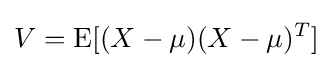
V=\operatorname {E} [(X-\mu )(X-\mu )^{T}]